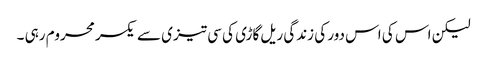
لیکن اس کی اس دور کی زندگی ریل گاڑی کی سی تیزی سے یکسر محروم رہی ۔